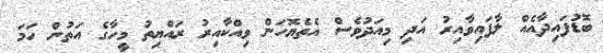
ބޮޑުފައިދާއެއް ލާފައިވާއިރު އަދި މިއަދުވެސް އެތެޔޮހަން ވިއްކާއިރު ރައްޔިތު މީހާގެ އަތުން ހަމަ